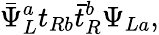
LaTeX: \bar{\Psi}_{L}^{a}t_{Rb}\bar{t}_{R}^{b}\Psi_{La},